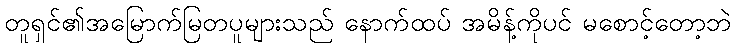
တူရှင်၏အမြောက်မြတပူများသည် နောက်ထပ် အမိန့်ကိုပင် မစောင့်တော့ဘဲ